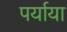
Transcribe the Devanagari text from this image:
पर्याया